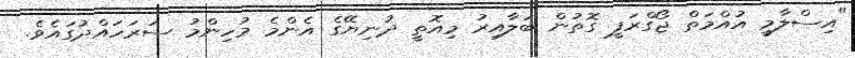
"އިސްލާމީ އުއްމަތް ޖޯގްރަފީ ގޮތުން ބަލާއިރު މިއޮތީ ދުނިޔޭގެ އެންމެ މުހިންމު ސަރަހައްދުގައެވެ.